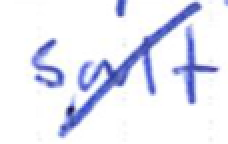
Text: salt
Cross-out: diagonal
Writing tool: ballpoint